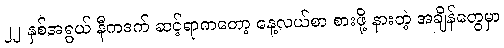
၂၂ နှစ်အရွယ် နီကဒက် ဆင့်ရာကတော့ နေ့လယ်စာ စားဖို့ နားတဲ့ အချိန်တွေမှာ